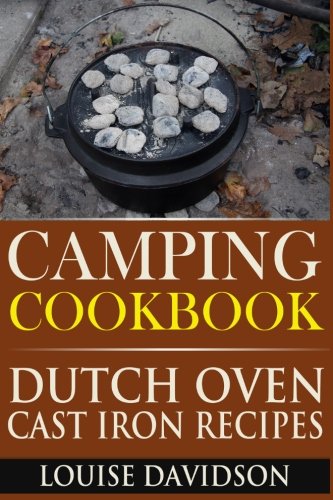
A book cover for Camping Cookbook: Dutch Oven Cast Iron Recipes (Volume 3); Louise Davidson; Cookbooks, Food & Wine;